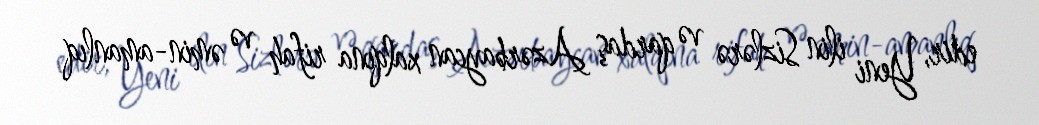
edir, Yeni ilin Sizlərə və qardaş Azərbaycan xalqına rifah və əmin-amanlıq